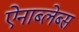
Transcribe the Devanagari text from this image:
ऐनाब्लेब्स